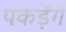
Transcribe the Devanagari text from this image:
पकड़ेंगे